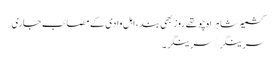
کشمیر شاہراہ چوتھے روز بھی بند، اہل وادی کے مصائب جاری
سرینگر/سرینگر۔